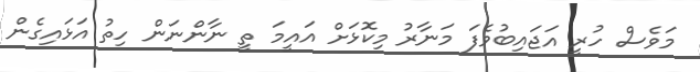
މަވެސް ހުރީ އަޖައިބުވެފަ މަނާރު މިކޮޅަށް އައީމަ ތީ ނާންނަން ހިތު އަޅައިގެން